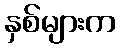
နှစ်များက